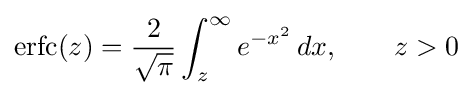
\mathrm {erfc} (z)={\frac {2}{\sqrt {\pi }}}\int _{z}^{\infty }e^{-x^{2}}\,dx,\qquad z>0